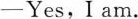
-Yes,I am.